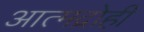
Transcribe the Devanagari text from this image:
आत्मद्रोही